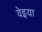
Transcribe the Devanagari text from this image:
वेइया